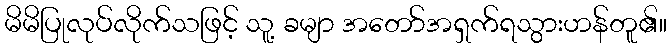
မိမိပြုလုပ်လိုက်သဖြင့် သူ့ ခမျာ အတော်အရှက်ရသွားဟန်တူ၏။